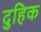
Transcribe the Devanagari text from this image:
दुहिक